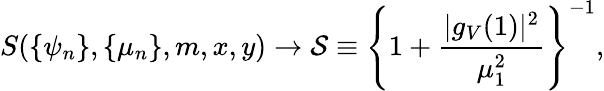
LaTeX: S(\{ \psi_{n}\} ,\{ \mu_{n}\} ,m,x,y)\rightarrow{\cal S}\equiv\left\{ 1+\frac{|g_{V}(1)|^{2}}{\mu_{1}^{2}}\right\} ^{-1},